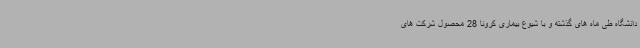
دانشگاه طی ماه های گذشته و با شیوع بیماری کرونا 28 محصول شرکت های